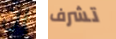
إن تشرف